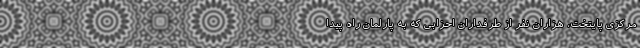
مرکزی پایتخت، هزاران نفر از طرفداران احزابی که به پارلمان راه پیدا